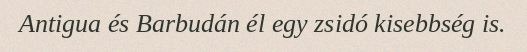
Antigua és Barbudán él egy zsidó kisebbség is.